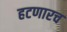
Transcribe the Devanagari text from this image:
हटणारच